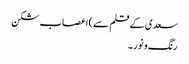
سعدی کے قلم سے)	اعصاب شکن
رنگ و نور ۔